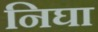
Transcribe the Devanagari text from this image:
निघा